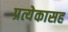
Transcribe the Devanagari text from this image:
प्रत्येकासह